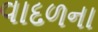
વાદળના